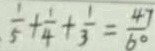
\frac { 1 } { 5 } + \frac { 1 } { 4 } + \frac { 1 } { 3 } = \frac { 4 7 } { 6 0 }